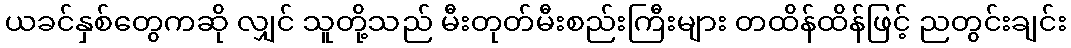
ယခင်နှစ်တွေကဆို လျှင် သူတို့သည် မီးတုတ်မီးစည်းကြီးများ တထိန်ထိန်ဖြင့် ညတွင်းချင်း